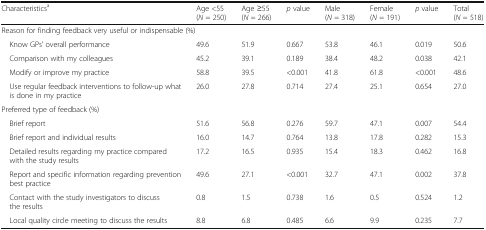
| Characteristicsa | Age <55 (N = 250) | Age ≥55 (N = 266) | p value | Male (N = 318) | Female (N = 191) | p value | Total (N = 518) |
 | --- | --- | --- | --- | --- | --- | --- | --- |
 | <COLSPAN=8> Reason for finding feedback very useful or indispensable (%) |
 | Know GPs’ overall performance | 49.6 | 51.9 | 0.667 | 53.8 | 46.1 | 0.019 | 50.6 |
 | Comparison with my colleagues | 45.2 | 39.1 | 0.189 | 38.4 | 48.2 | 0.038 | 42.1 |
 | Modify or improve my practice | 58.8 | 39.5 | <0.001 | 41.8 | 61.8 | <0.001 | 48.6 |
 | Use regular feedback interventions to follow-up what is done in my practice | 26.0 | 27.8 | 0.714 | 27.4 | 25.1 | 0.654 | 27.0 |
 | <COLSPAN=8> Preferred type of feedback (%) |
 | Brief report | 51.6 | 56.8 | 0.276 | 59.7 | 47.1 | 0.007 | 54.4 |
 | Brief report and individual results | 16.0 | 14.7 | 0.764 | 13.8 | 17.8 | 0.282 | 15.3 |
 | Detailed results regarding my practice compared with the study results | 17.2 | 16.5 | 0.935 | 15.4 | 18.3 | 0.462 | 16.8 |
 | Report and specific information regarding prevention best practice | 49.6 | 27.1 | <0.001 | 32.7 | 47.1 | 0.002 | 37.8 |
 | Contact with the study investigators to discuss the results | 0.8 | 1.5 | 0.738 | 1.6 | 0.5 | 0.524 | 1.2 |
 | Local quality circle meeting to discuss the results | 8.8 | 6.8 | 0.485 | 6.6 | 9.9 | 0.235 | 7.7 |